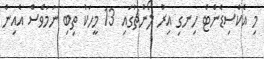
މި އެކްސިޑެންޓް ހިނގި އިރު ލޯންޗުގައި 13 މީހަކު ތިބި ނަމަވެސް އެއިން